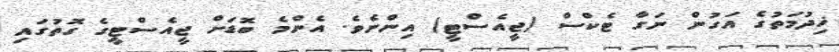
ޚިދުމަތުގެ އަގުން ނަގާ ޓެކްސް (ޖީއެސްޓީ) އިންނެވެ. އެންމެ ބޮޑަށް ޖީއެސްޓީގެ ގޮތުގައި